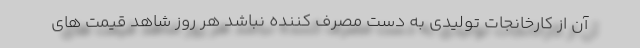
آن از کارخانجات تولیدی به دست مصرف کننده نباشد هر روز شاهد قیمت های